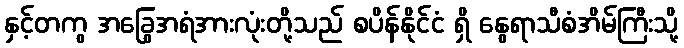
နှင့်တကွ အခြွေအရံအားလုံးတို့သည် စပိန်နိုင်ငံ ရှိ နွေရာသီစံအိမ်ကြီးသို့